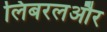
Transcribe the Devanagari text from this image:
लिबरलऔर